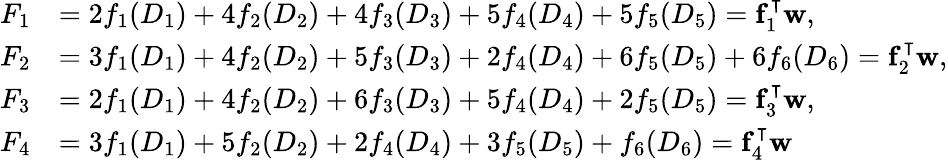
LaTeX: \begin{array}{rl}{F_{1}}&{=2f_{1}(D_{1})+4f_{2}(D_{2})+4f_{3}(D_{3})+5f_{4}(D_{4})+5f_{5}(D_{5})=\mathbf{f}_{1}^{\intercal}\mathbf{w},}\\ {F_{2}}&{=3f_{1}(D_{1})+4f_{2}(D_{2})+5f_{3}(D_{3})+2f_{4}(D_{4})+6f_{5}(D_{5})+6f_{6}(D_{6})=\mathbf{f}_{2}^{\intercal}\mathbf{w},}\\ {F_{3}}&{=2f_{1}(D_{1})+4f_{2}(D_{2})+6f_{3}(D_{3})+5f_{4}(D_{4})+2f_{5}(D_{5})=\mathbf{f}_{3}^{\intercal}\mathbf{w},}\\ {F_{4}}&{=3f_{1}(D_{1})+5f_{2}(D_{2})+2f_{4}(D_{4})+3f_{5}(D_{5})+f_{6}(D_{6})=\mathbf{f}_{4}^{\intercal}\mathbf{w}}\end{array}